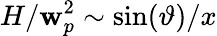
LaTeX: H/\mathbf{w}_{p}^{2}\sim\sin(\vartheta)/x